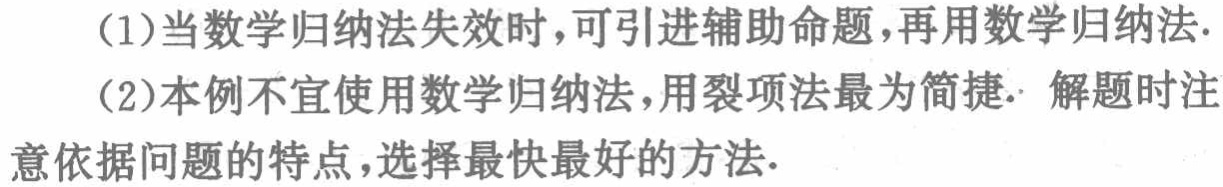
(1)当数学归纳法失效时，可引进辅助命题，再用数学归纳法.
(2)本例不宜使用数学归纳法，用裂项法最为简捷. 解题时注意依据问题的特点，选择最快最好的方法.